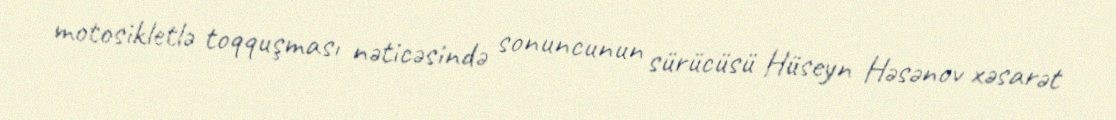
motosikletlə toqquşması nəticəsində sonuncunun sürücüsü Hüseyn Həsənov xəsarət